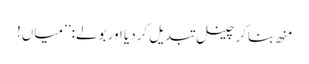
منھ بناکر چینل تبدیل کردیا اور بولے: ’’میاں!